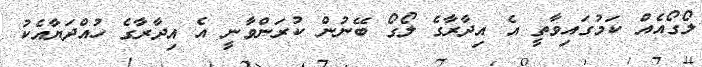
ލޯގޯއެއް ކަމުގައިވާތީ އެ އިދާރާގެ ލޯގޯ ބޭނުން ކުރަންވާނީ އެ އިދާރާގެ ހުއްދަޔާއެކު